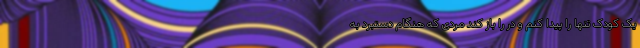
یک کودک تنها را پیدا کنم و در را باز کند مردی که هنگام دستبرد به